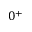
0 ^ { + }